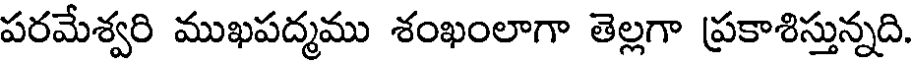
పరమేశ్వరి ముఖపద్మము శంఖంలాగా తెల్లగా ప్రకాశిస్తున్నది.